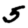
Digit: 5